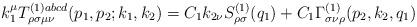
LaTeX: \begin{align*}k_1^\mu T_{\rho \sigma \mu \nu }^{(1)abcd}(p_1,p_2;k_1,k_2)=C_1k_{2\nu}S_{\rho \sigma }^{(1)}(q_1)+C_1\Gamma _{\sigma \nu \rho }^{(1)}(p_2,k_2,q_1)\end{align*}